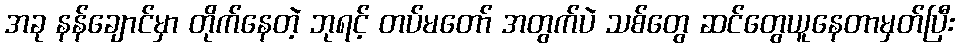
အခု နန်ချောင်မှာ တိုက်နေတဲ့ ဘုရင့် တပ်မတော် အတွက်ပဲ သစ်တွေ ဆင်တွေယူနေတာမှတ်ပြီး